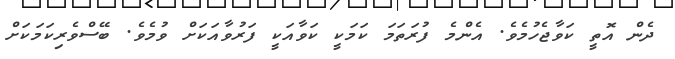
ދެން އޮތީ ކަވާޖެހުމެވެ. އެންމެ ފުރަތަމަ ކަމަކީ ކަވާއަކީ ފަރުވާއަކަށް ވުމެވެ. ބޭސްވެރިކަމަކަށް